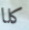
كلا